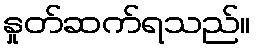
နှုတ်ဆက်ရသည်။